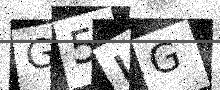
Text: G5LG